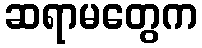
ဆရာမတွေက